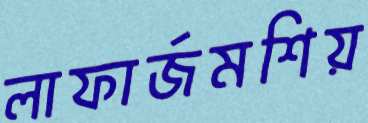
লাফার্জমশিয়